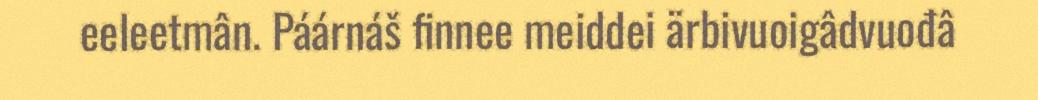
eeleetmân. Páárnáš finnee meiddei ärbivuoigâdvuođâ